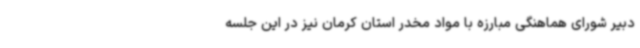
دبیر شورای هماهنگی مبارزه با مواد مخدر استان کرمان نیز در این جلسه